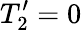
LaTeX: T_{2}^{\prime}=0